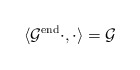
\begin{align*} \langle \mathcal{G}^{\mathrm{end}} \cdot ,\cdot \rangle = \mathcal{G}\end{align*}